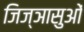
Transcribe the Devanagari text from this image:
जिज्ञासुओं